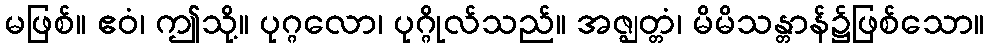
မဖြစ်။ ဧဝံ၊ ဤသို့။ ပုဂ္ဂလော၊ ပုဂ္ဂိုလ်သည်။ အဇ္ဈတ္တံ၊ မိမိသန္တာန်၌ဖြစ်သော။